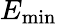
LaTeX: E_{\mathrm{min}}